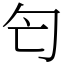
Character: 匄